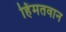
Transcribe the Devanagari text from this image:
हिंमतवान